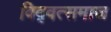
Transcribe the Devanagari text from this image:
विद्‍वत्समाज